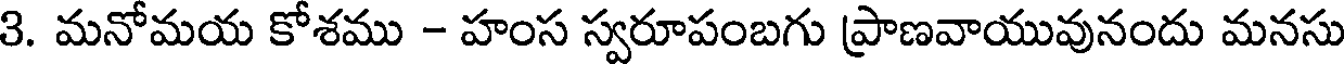
3. మనోమయ కోశము - హంస స్వరూపంబగు ప్రాణవాయువునందు మనసు